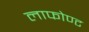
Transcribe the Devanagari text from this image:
लाफोण्ट